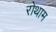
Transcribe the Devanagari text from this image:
रोथाम